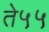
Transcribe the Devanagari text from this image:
ते५५